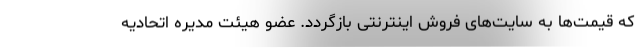
که قیمت‌ها به سایت‌های فروش اینترنتی بازگردد. عضو هیئت مدیره اتحادیه